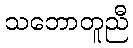
သဘောတူညီ